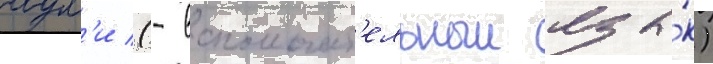
аул'и (- вспомогат'ельныи язы́к)